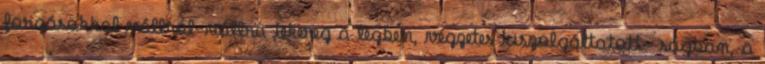
forgásokkal vállról-vállra tekereg a légben, végzetes kiszolgáltatott- ságban, a